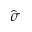
\hat { \sigma }